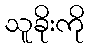
သူခိုးကို